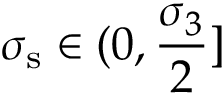
\sigma _ { \mathrm { s } } \in ( 0 , \frac { \sigma _ { 3 } } { 2 } ]